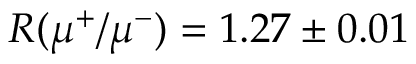
R ( \mu ^ { + } / \mu ^ { - } ) = 1 . 2 7 \pm 0 . 0 1